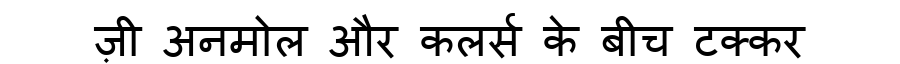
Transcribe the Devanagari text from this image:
ज़ी अनमोल और कलर्स के बीच टक्कर